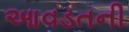
આવડતની